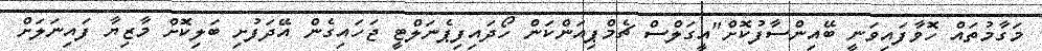
މަގާމުތައް ހޮވާފައިވަނީ ބޭއިންސާފުކޮށް"އީގަލްސް ޗެމްޕިއަންކަން ހޯދައިފިޕެނަލްޓީ ޖަހައިގެން އޭދަފުށި ބަލިކޮށް މާޒިޔާ ފައިނަލަށް